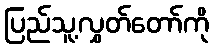
ပြည်သူ့လွှတ်တော်ကို